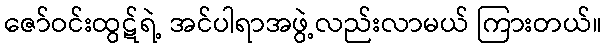
ဇော်ဝင်းထွဋ်ရဲ့ အင်ပါရာအဖွဲ့လည်းလာမယ် ကြားတယ်။